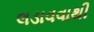
લડાવવાથી